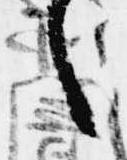
之